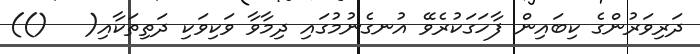
ދަރިވަރުންގެ ކިބައިން ފާހަގަކުރެވޭ އުނގެނުމުގައި ދިމާވާ ވަކިވަކި ދަތިތަކާއި(   ())